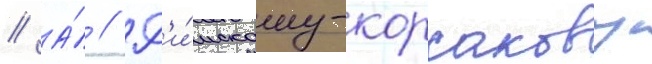
// А́ // Р'и́мскому-корсакову